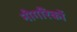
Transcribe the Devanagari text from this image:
नीगरिकों